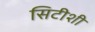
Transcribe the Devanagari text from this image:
सिटीशी